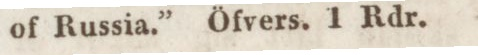
of Russia.” Öfvers. 1 Rdr.